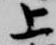
上